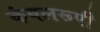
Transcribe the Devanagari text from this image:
कंबलरूपी